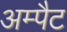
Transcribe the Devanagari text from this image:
अम्पैट